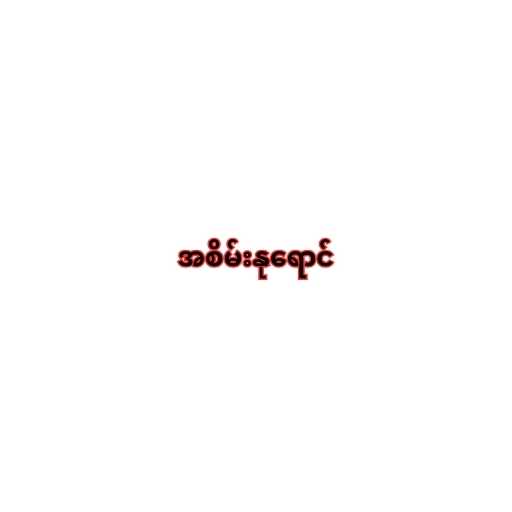
အစိမ်းနုရောင်